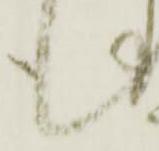
候